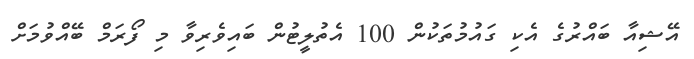
އޭޝިއާ ބައްރުގެ އެކި ގައުމުތަކުން 100 އެތުލީޓުން ބައިވެރިވާ މި ފޯރަމް ބޭއްވުމަށް